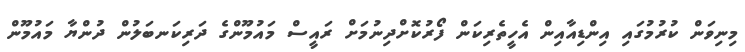
މިނިވަން ކުރުމުގައި އިންޑިއާއިން އެހީތެރިކަން ފޯރުކޮށްދިނުމަށް ރައީސް މައުމޫންގެ ދަރިކަނބަލުން ދުންޔާ މައުމޫން